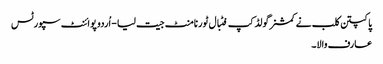
پاکپتن کلب نے کمشنرگولڈ کپ فٹبال ٹورنامنٹ جیت لیا - اُردو پوائنٹ سپورٹس
عارف والا۔